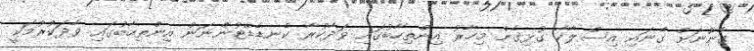
ގާނޫނަށް ގެނައި އިސްލާހާ ގުޅިގެން މިހާރު އިންތިހާބުގައި ވަދާކުރާ ކެނޑެޑޭޓުންނަން އިންތިހާބުގައި ވާދަކުރުމަކީ